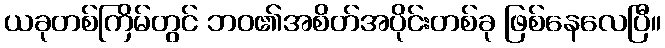
ယခုတစ်ကြိမ်တွင် ဘဝ၏အစိတ်အပိုင်းတစ်ခု ဖြစ်နေလေပြီ။